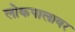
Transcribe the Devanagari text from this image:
लोकपालावर